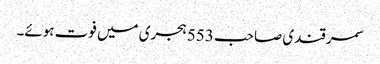
سمرقندی صاحب 553 ہجری میں فوت ہوئے۔